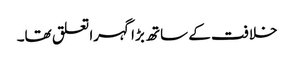
خلافت کے ساتھ بڑا گہرا تعلق تھا۔